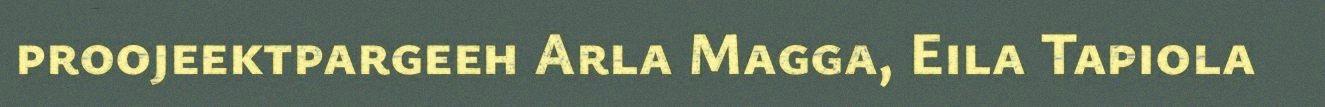
proojeektpargeeh Arla Magga, Eila Tapiola